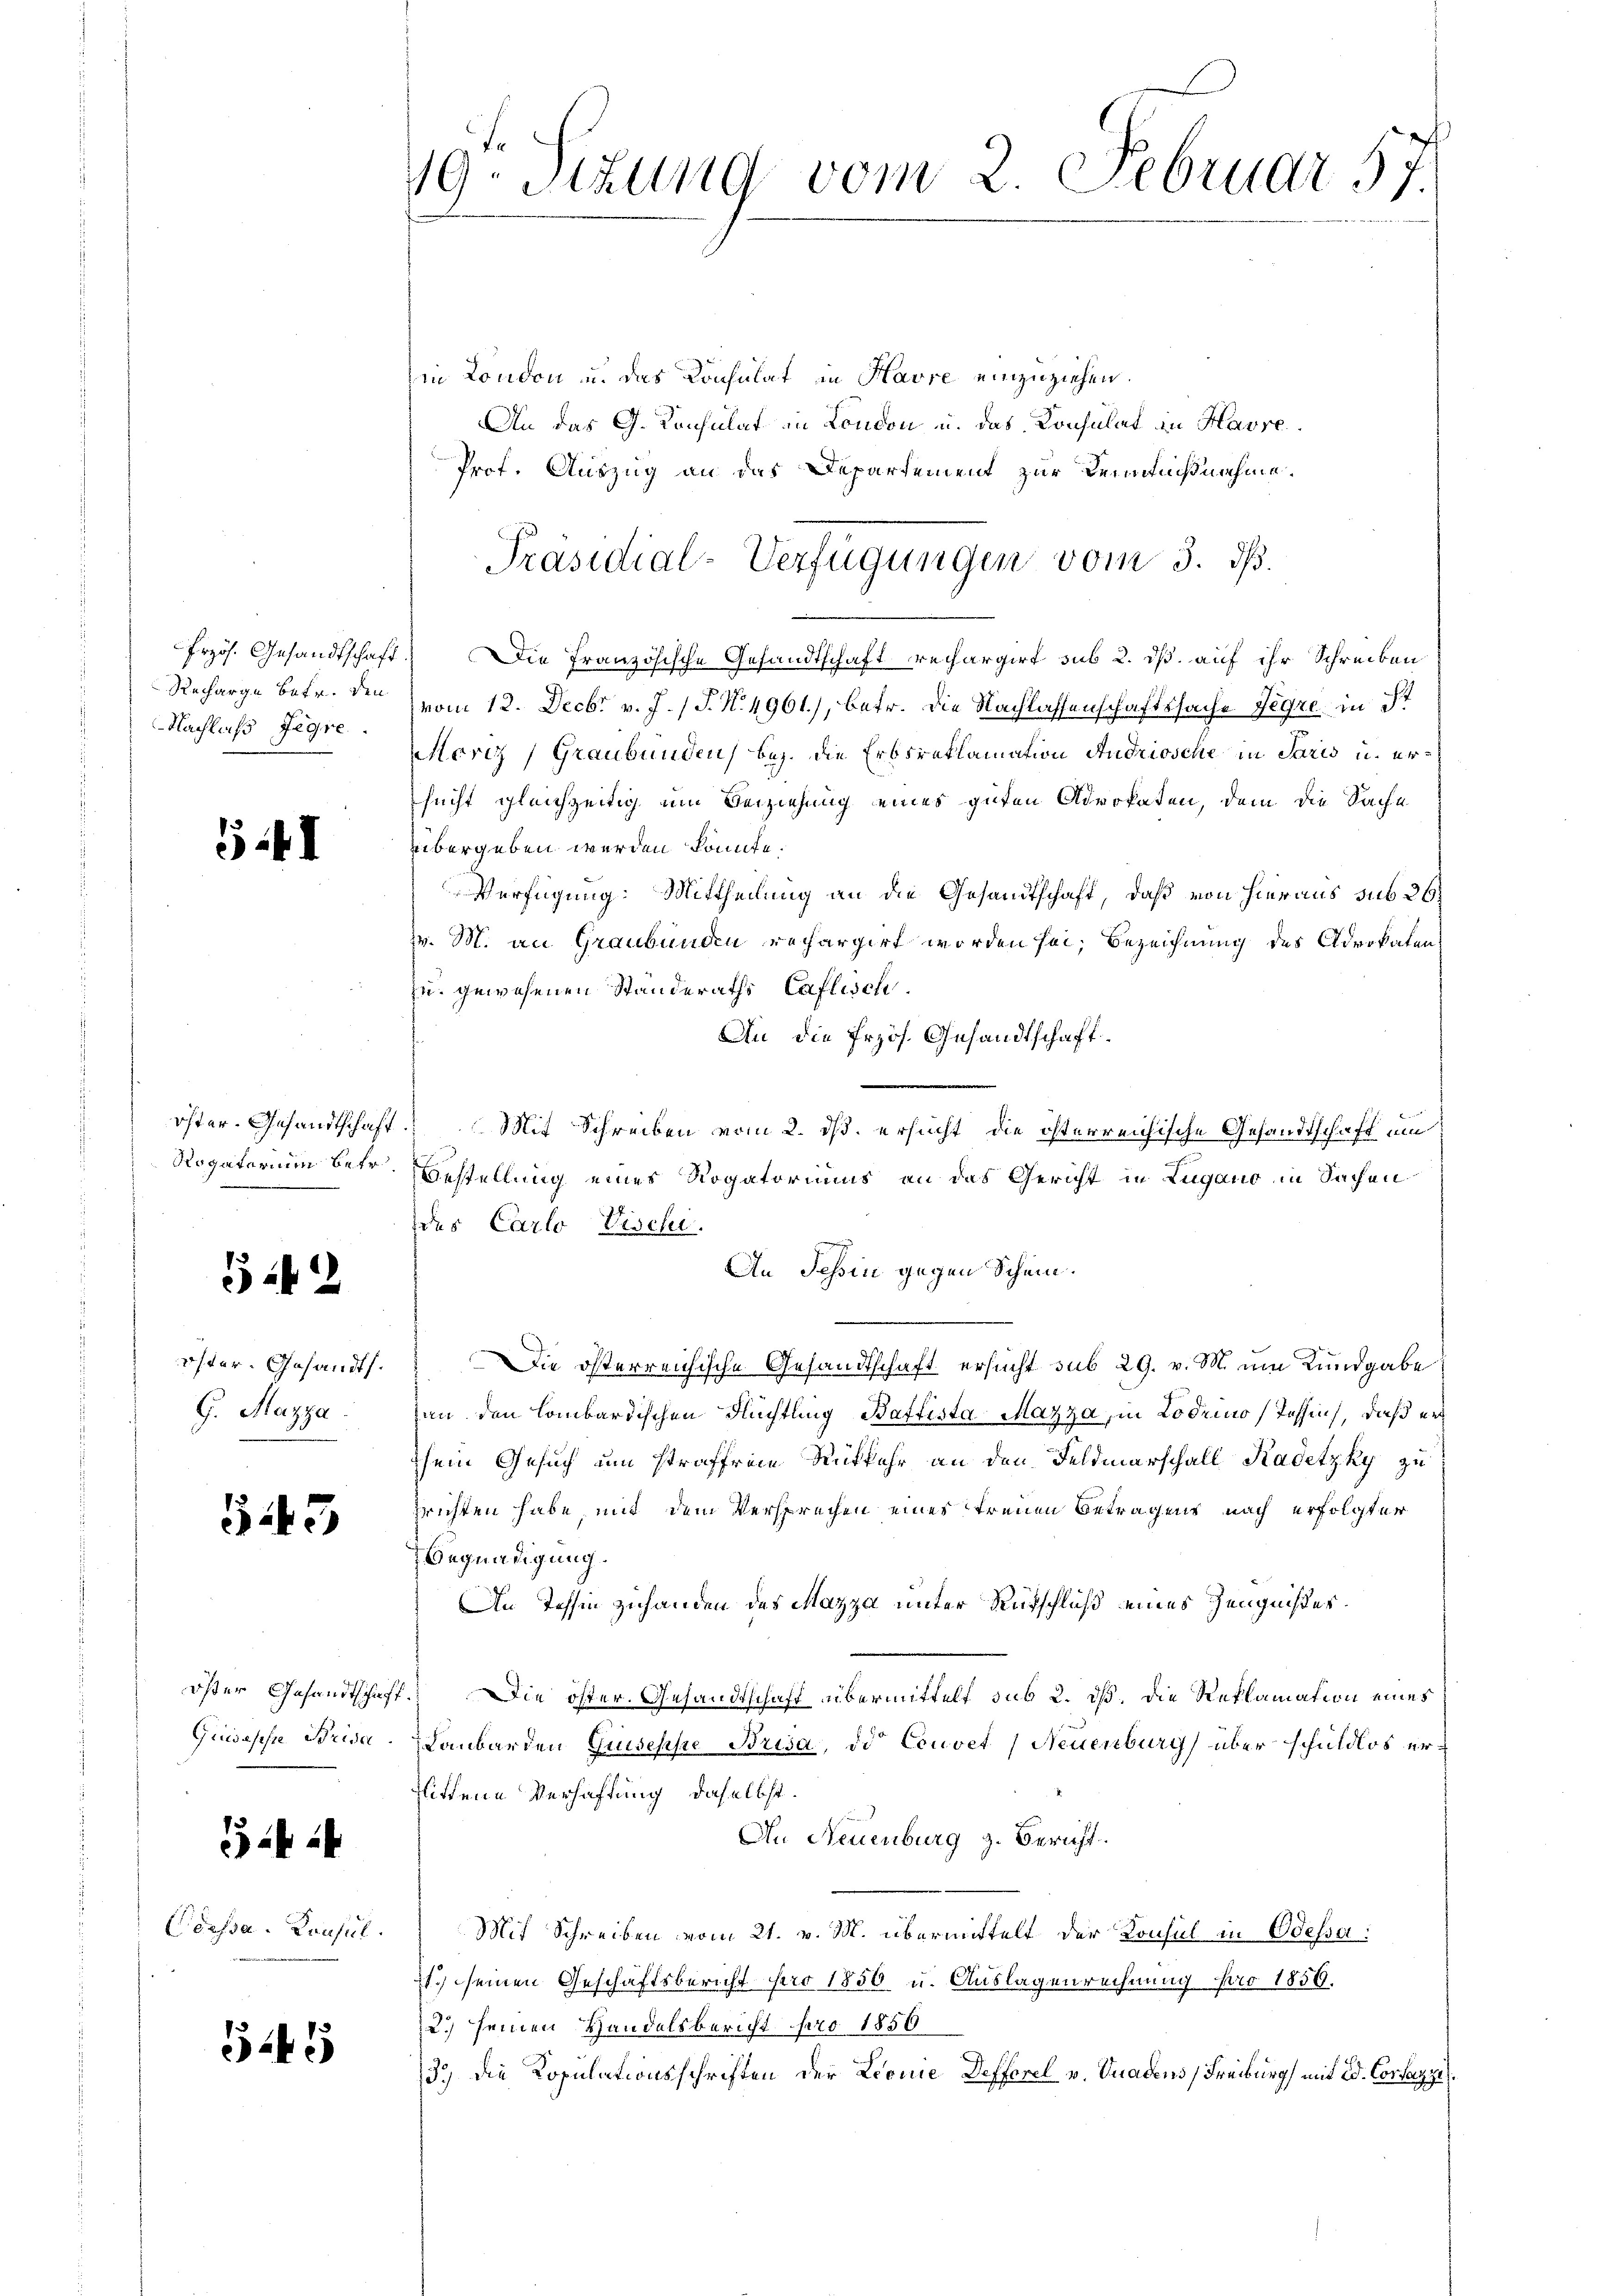
Nachlaß Fegre

I

342

öster Gesandts.
G. Mazza

543

öster Gesandtschaft.

3 24

Cassa-Konsul.

545

19. Sizung vom 2. Februar 57.

Präsidial-Verfügungen vom 3. ds.

in London u. das Konsulat in Havre einzuziehen.
An das G. Konsulat in London u. das Konsulat zu Havre
Prof. Auszug an das Departement zur Kenntnißnahme.
Przös. Gesandtschaft. Die Französische Gesandtschaft rechargirt sub 2. dß. auf ihr Schreiben
Recharge betr. den vom 12. Decbr. v. J. P. N. 4961), betr. die Nachlassenschaftssache Regre in St
oriz Graubünden, bez. die Erbsreklamation Andriosche in Paris u. ersucht gleichzeitig um Beiziehung eines guten Advokaten, dem die Sache
übergeben werden könnte.
Verfügung: Mittheilung an die Gesandtschaft, daß von hieraus sub 26
z. M. an Graubünden rechargirt worden sei, Bezeichnung des Advokalen
zu gewesenen Standeraths Caflisch.
An die frzös. Gesandtschaft
öster- Gesandtschaft. Mit Schreiben vom 2. ds. ersucht, die österreichische Gesandtschaft um
Rogatorium betr. Bestellung eines Rogatoriums an das Gericht in Lugano in Sachen
des Carlo Vischi.
An Tessin gegen Schein.
Die österreichische Gesandtschaft ersucht sub 29. v. M. um Kundgabe
an den lombardischen Flüchtling BaffistaMazza, in Lodemo Tessin, daß er
hein Gesuch um straffreie Ruffahr an den Feldmarschall Kadetzky zu
trichten habe, mit dem Versprechen eines treuen Betragens nach erfolgter
Begnadigung.
An Tessin zuhanden des Mazza unter Rutschluß eines Zeugnißer¬
Die öster Gesandtschaft übermittelt sub 2. dß. Die Reklamation eines
Giuseppe Brida. Laubarden Gruseppe Brisa, de Couvet, Neuenburg über schuldlos ersittene Verhaftung, daselbst.
An Neuenburg z. Bericht.
Mit Schreiben vom 21. v. M. übermittelt der Konsul in Odessa
.) seinen Geschäftsbericht pro 1856 u. Auslagenrechnung pro 1856.
2.) seinen Handelsbericht pro 1856
3.) Die Kopulationsschriften der Leonie Defferel v. Vuadens, Freiburg mit Ed. Consezze